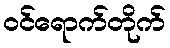
ဝင်ရောက်တိုက်